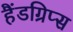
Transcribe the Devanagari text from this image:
हैंडग्रिप्स